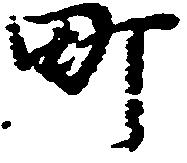
町